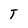
Character: T